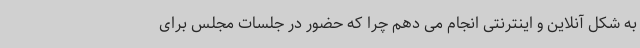
به شکل آنلاین و اینترنتی انجام می دهم چرا که حضور در جلسات مجلس برای